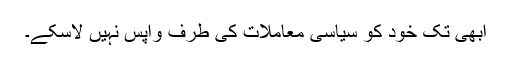
ابھی تک خود کو سیاسی معاملات کی طرف واپس نہیں لاسکے۔